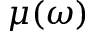
\mu ( \omega )